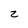
Character: z